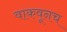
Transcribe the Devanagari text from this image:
वाकवूनच